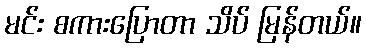
မင်း စကားပြောတာ သိပ် မြန်တယ်။